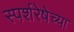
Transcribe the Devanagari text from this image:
स्पर्शरेषेच्या